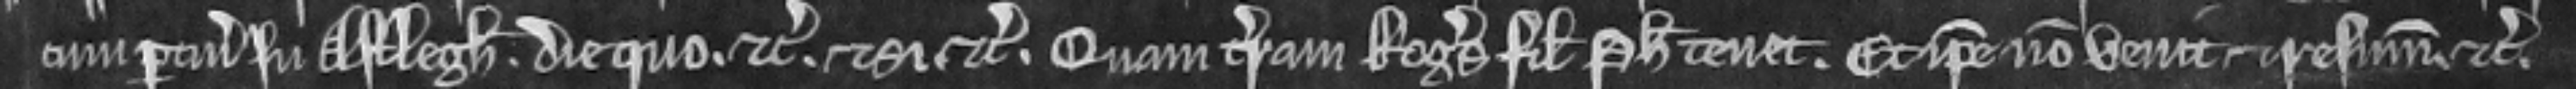
cum pertinenciis in Astlegh die quo etc. et si etc. Quam terram Rogerus filius Philippi tenet. Et ipse non venit et resummonicio etc.